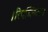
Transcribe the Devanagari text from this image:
।रिपब्लिकन